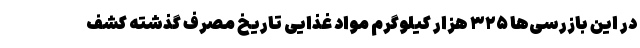
در این بازرسی‌ها ۳۲۵ هزار کیلوگرم مواد غذایی تاریخ مصرف گذشته کشف